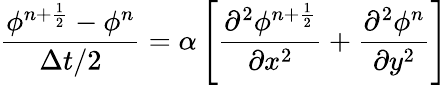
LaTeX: \frac{\phi^{n+\frac{1}{2}}-\phi^{n}}{\Delta t/2}=\alpha\left[\frac{\partial^{2}\phi^{n+\frac{1}{2}}}{\partial x^{2}}+\frac{\partial^{2}\phi^{n}}{\partial y^{2}}\right]